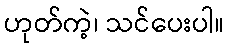
ဟုတ်ကဲ့၊ သင်ပေးပါ။